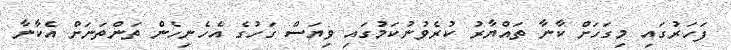
ފަހަރުގައި މިގަހަށް ކާނާ ތައްޔާރު ކުރެވުނުކަމުގައި ވިޔަސް ގަހުގެ އެހެނިހެން ތަންތަނަށް އެކާނާ